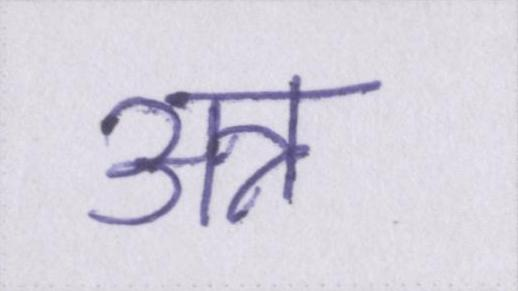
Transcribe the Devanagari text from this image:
अन्न